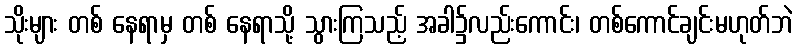
သိုးများ တစ် နေရာမှ တစ် နေရာသို့ သွားကြသည့် အခါ၌လည်းကောင်း၊ တစ်ကောင်ချင်းမဟုတ်ဘဲ